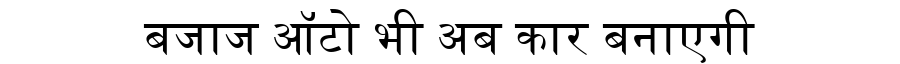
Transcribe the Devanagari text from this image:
बजाज ऑटो भी अब कार बनाएगी